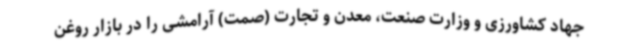
جهاد کشاورزی و وزارت صنعت، معدن و تجارت (صمت) آرامشی را در بازار روغن